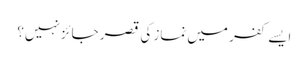
ایسے کفر میں نماز کی قصر جائز نہیں؟